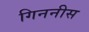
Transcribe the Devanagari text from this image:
गिननीस